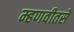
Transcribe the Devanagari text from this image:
म्हणवीतसे